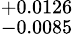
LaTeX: ^{+0.0126}_{-0.0085}